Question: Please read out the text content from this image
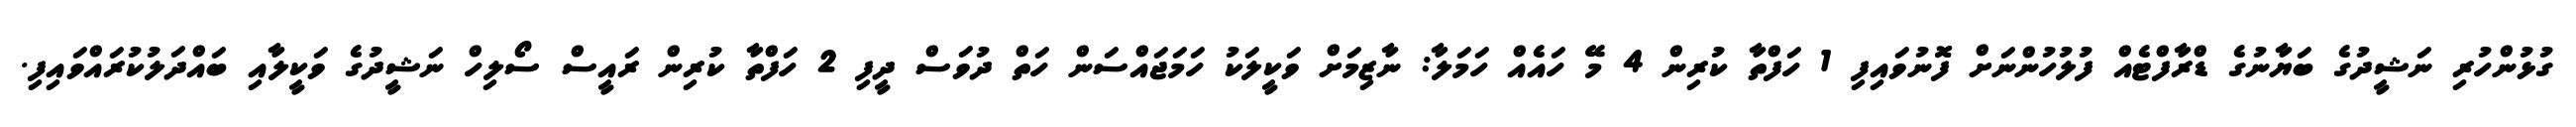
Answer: ގުޅުންހުރި ނަޝީދުގެ ބަޔާނުގެ ޑްރާފްޓެއް ފުލުހުންނަށް ފޮނުވައިފި 1 ހަފްތާ ކުރިން 4 މޭ ހައެއް ހަމަލާ: ނާޒިމަށް ވަކީލަކު ހަމަޖައްސަން ހަތް ދުވަސް ދީފި 2 ހަފްތާ ކުރިން ރައީސް ސޯލިހް ނަޝީދުގެ ވަކީލާއި ބައްދަލުކުރައްވައިފި.